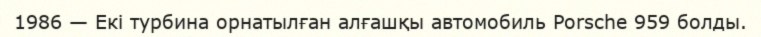
1986 — Екі турбина орнатылған алғашқы автомобиль Porsche 959 болды.